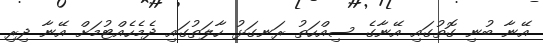
އޭނާ ބުނި ގޮތުގައި އޭނާގެ ސިއްހަތު ރަނގަޅު ހާލަތުގައި ދެމެހެއްޓުމަށް އޭނާ ދިރި